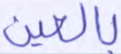
بالعين